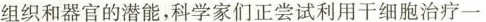
组织和器官的潜能，科学家们正尝试利用干细胞治疗一